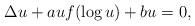
LaTeX: \begin{align*}\Delta u + auf(\log u) +bu=0,\end{align*}